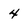
Character: 4